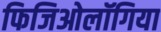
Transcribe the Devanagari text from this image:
फिजिओलॉगिया